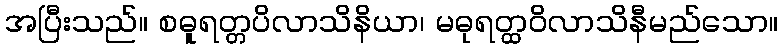
အပြီးသည်။ စဓူရတ္တပိလာသိနိယာ၊ မဓုရတ္ထဝိလာသိနီမည်သော။